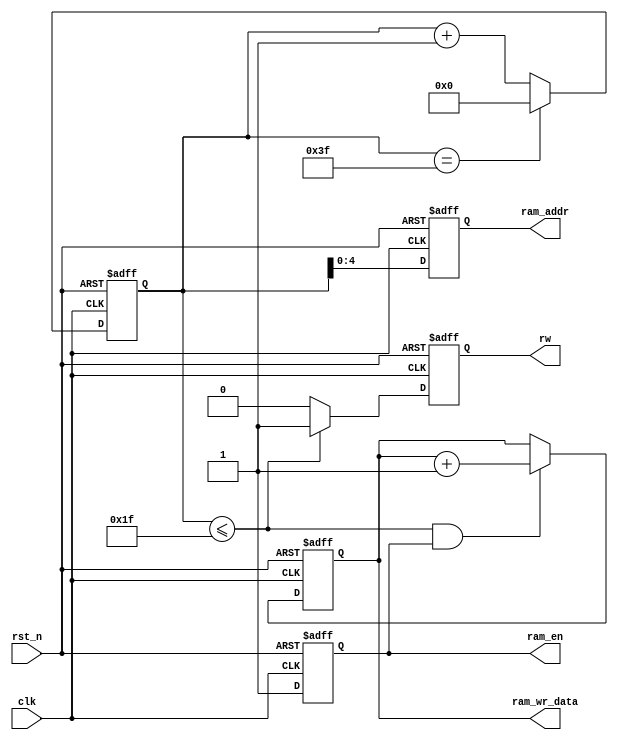
`timescale 1ns / 1ps
//////////////////////////////////////////////////////////////////////////////////
// Company: 
// Engineer: 
// 
// Design Name: 
// Module Name: ram_wr
// Project Name: 
// Target Devices: 
// Tool Versions: 
// Description: 
// 
// Dependencies: 
// 
// Revision:
// Revision 0.01 - File Created
// Additional Comments:
// 
//////////////////////////////////////////////////////////////////////////////////


module ram_wr(
    input               clk,
    input               rst_n,
    
    output reg          ram_en,
    output reg          rw,
    output reg [4:0]    ram_addr,
    output reg [7:0]    ram_wr_data
    );
    
    //ram enable
    always @(posedge clk or negedge rst_n) begin
        if(!rst_n)
            ram_en <= 1'b0;
        else
            ram_en <= 1'b1;
        end

    //read or write counter;counter <= 31 -->write; >=31 -->read;
    reg [5:0] cnt_wr;
    always @(posedge clk or negedge rst_n) begin
        if(!rst_n)
            cnt_wr <= 6'b0;
        else if(cnt_wr == 6'd63)
            cnt_wr <= 6'b0;
        else
            cnt_wr <= cnt_wr + 1;
    end
    
    //wrirte data 
    always @(posedge clk or negedge rst_n) begin
        if(!rst_n)
            ram_wr_data <= 8'b0;
        else if((cnt_wr <= 6'd31) && ram_en)
            ram_wr_data <= ram_wr_data + 1;
        else
            ram_wr_data <= ram_wr_data;
    end

    //read write decide
    always @(posedge clk or negedge rst_n) begin
        if(!rst_n)
            rw <= 1'b1;     //read station
        else if(cnt_wr <= 6'd31)
            rw <= 1'b1;
        else
            rw <= 1'b0;       //write station
    end

    //addr
    always @(posedge clk or negedge rst_n) begin
        if(!rst_n)
            ram_addr <= 5'b0;     //read station
        else
            ram_addr <= cnt_wr[4:0];       //write station
    end



endmodule